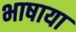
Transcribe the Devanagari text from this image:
भाषाया